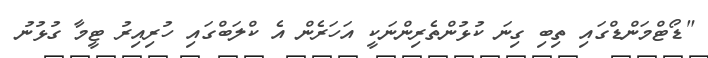
"ޑޯޓްމަންޑްގައި ތިބި ގިނަ ކުޅުންތެރިންނަކީ އަހަރެން އެ ކްލަބްގައި ހުރިއިރު ޓީމާ ގުޅުނު